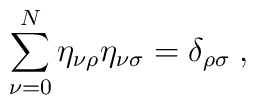
\sum_{\nu=0}^N\eta_{\nu\rho}\eta_{\nu\sigma}=\delta_{\rho\sigma}\;,